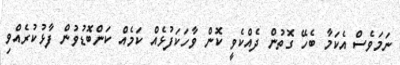
ނަމަވެސް އެކަމާ ބެހޭ ގޮތުން ދެއްކެވީ ކޮން ވާހަކަފުޅެއް ކަމެއް ކަންބޮޑުވުން ފާޅުކުރެއްވި